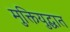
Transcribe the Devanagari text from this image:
मुक्तियुद्धात